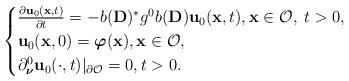
LaTeX: \begin{align*}\begin{cases}\frac{\partial \mathbf{u}_0 (\mathbf{x},t)}{\partial t}=-b(\mathbf{D})^*g^0b(\mathbf{D})\mathbf{u}_0(\mathbf{x},t),\mathbf{x}\in \mathcal{O},\; t>0,\\\mathbf{u}_0(\mathbf{x},0)=\boldsymbol{\varphi}(\mathbf{x}),\mathbf{x}\in \mathcal{O},\\\partial _{\boldsymbol{\nu}}^0\mathbf{u}_0 (\cdot ,t)\vert _{\partial \mathcal{O}}=0,t>0.\end{cases}\end{align*}